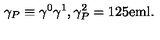
\gamma _ { P } \equiv \gamma ^ { 0 } \gamma ^ { 1 } , \gamma _ { P } ^ { 2 } = \mathrm { { 1 } \kern - . 2 5 e m \mathrm { l } } .